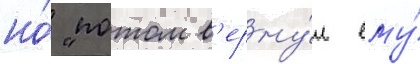
но́ "потом в'ерну́л ему́